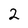
Character: 2